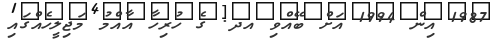
1987 އިން 1994 އަށް ބޭއްވި އދ. ގެ ހުރިހާ އާއްމު މަޖިލީހެއްގައި